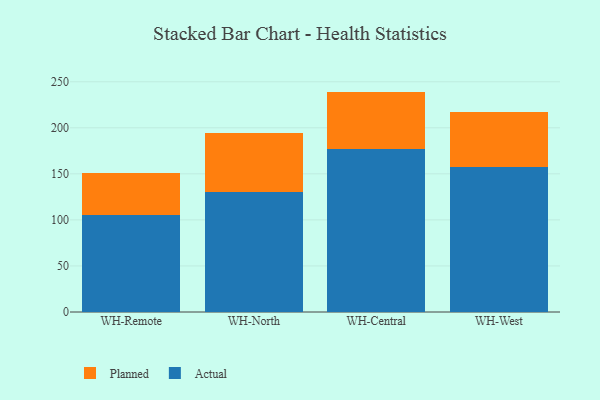
{"axis": {"x": "Warehouse", "y": "Humidity (%)"}, "legend": ["Actual", "Planned"], "data": [{"x": "WH-Remote", "y": 105.7, "type": "Actual"}, {"x": "WH-Remote", "y": 45.1, "type": "Planned"}, {"x": "WH-North", "y": 130.0, "type": "Actual"}, {"x": "WH-North", "y": 64.5, "type": "Planned"}, {"x": "WH-Central", "y": 177.4, "type": "Actual"}, {"x": "WH-Central", "y": 61.9, "type": "Planned"}, {"x": "WH-West", "y": 157.5, "type": "Actual"}, {"x": "WH-West", "y": 59.4, "type": "Planned"}]}